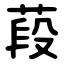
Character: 葮